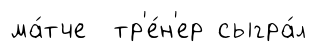
ма́тче тр'е́н'ер сыгра́л